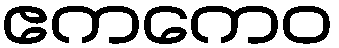
ဧကကေဝ